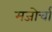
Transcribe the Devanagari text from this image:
मजोर्चा